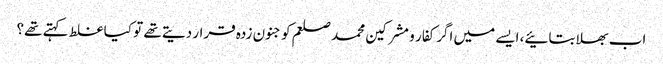
اب بھلا بتائیے، ایسے میں اگر کفار و مشرکین محمد صلعم کو جنون زدہ قرار دیتے تھے تو کیا غلط کہتے تھے؟